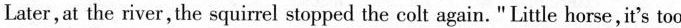
Later,at the river,the squirrel stopped the colt again." Little horse,it's too